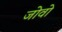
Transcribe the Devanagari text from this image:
जोवो